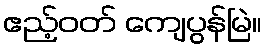
ဧည့်ဝတ် ကျေပွန်မြဲ။